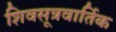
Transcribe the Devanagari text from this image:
शिवसूत्रवार्तिक